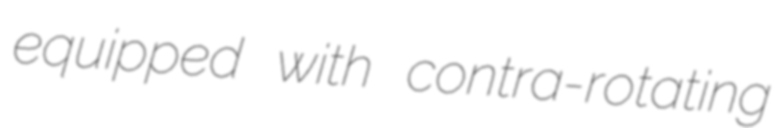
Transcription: equipped with contra-rotating